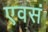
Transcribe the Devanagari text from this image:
एवसं